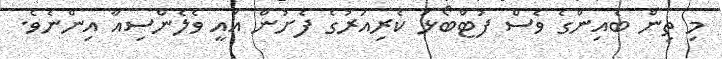
މި ތިން ބެއިންގެ ވެސް ފުޓްބޯޅަ ކެރިއަރުގެ ފެށުން އައީ ވެލެންސިއާ އިންނެވެ.